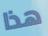
هذا